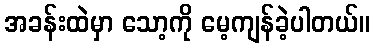
အခန်းထဲမှာ သော့ကို မေ့ကျန်ခဲ့ပါတယ်။